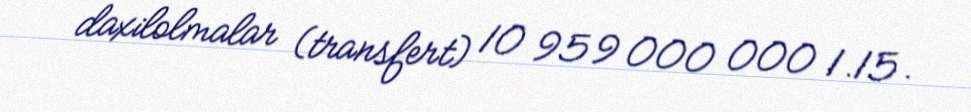
daxilolmalar (transfert) 10 959 000 000 1.15.